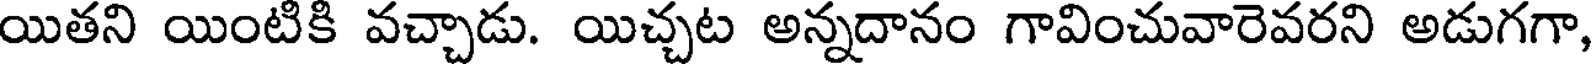
యితని యింటికి వచ్చాడు. యిచ్చట అన్నదానం గావించువారెవరని అడుగగా,